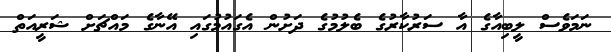
ނަމަވެސް ލީބިއާގެ އާ ސަރުކާރުގެ ބެލުމުގެ ދަށުން އެގައުމުގައި އޭނާގެ މައްޗަށް ޝަރީއަތް